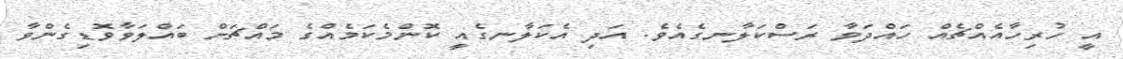
އީ ހުރިހާއެއްޗެއް ހައްދަވާ ރަސްކަލާނގެއެވެ. އަދި އެކަލާނގެއީ ކޮންމެކަމެއްގެ މައްޗަށް ބައްލަވާވޮޑިގެންވާ